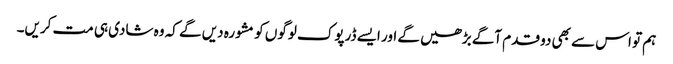
ہم تو اس سے بھی دو قدم آگے بڑھیں گے اور ایسے ڈرپوک لوگوں کو مشورہ دیں گے کہ وہ شادی ہی مت کریں۔